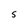
Character: S